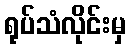
ရုပ်သံလိုင်းမှ